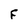
Character: F